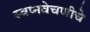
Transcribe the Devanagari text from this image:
स्वप्नवेचणीचे